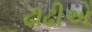
ઢાઢીએ